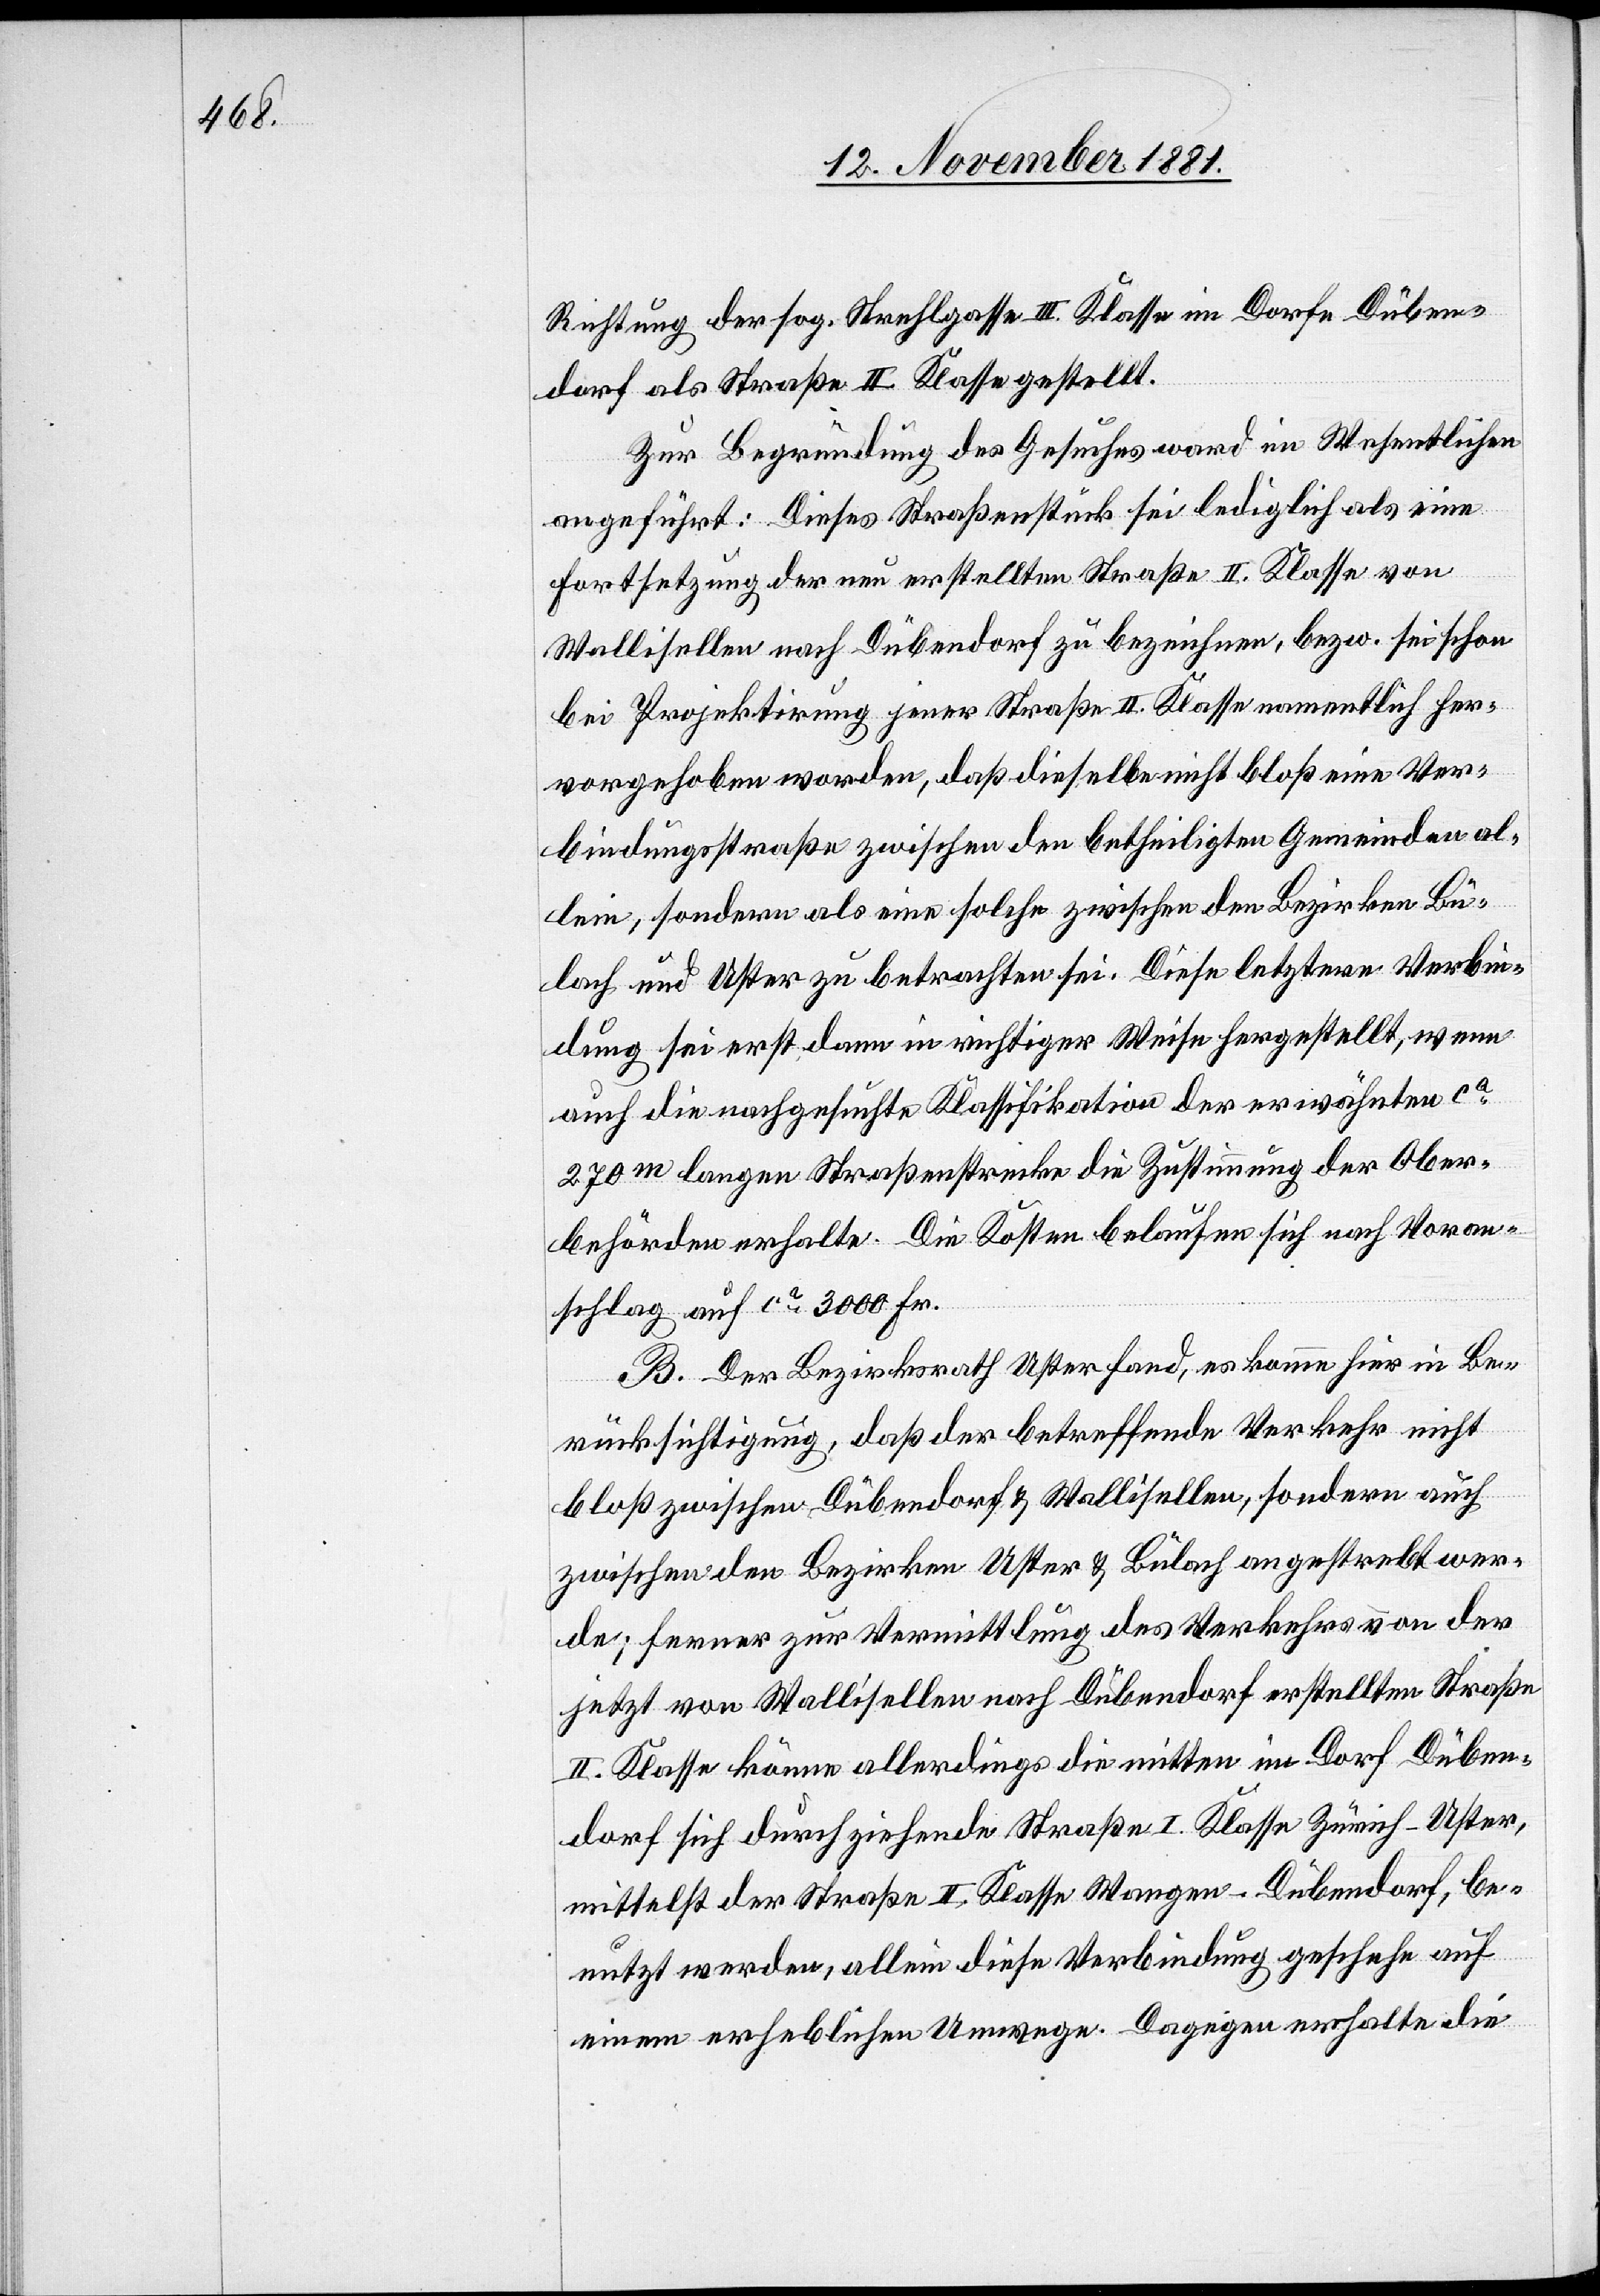
Richtung der sog. Strehlgasse III. Klasse im Dorfe Düben¬
dorf als Straße II. Klasse gestellt.
Zur Begründung des Gesuches ward im Wesentlichen
angeführt: Dieses Straßenstück sei lediglich als eine
Fortsetzung der neu erstellten Straße II. Klasse von
Wallisellen nach Dübendorf zu bezeichnen, bezw. sei schon
bei Projektirung jener Straße II. Klasse namentlich her¬
vorgehoben worden, daß dieselbe nicht bloß eine Ver¬
bindungsstraße zwischen den betheiligten Gemeinden al¬
lein, sondern als eine solche zwischen den Bezirken Bü¬
lach und Uster zu betrachten sei. Diese letztere Verbin¬
dung sei erst dann in richtiger Weise hergestellt, wenn
auch die nachgesuchte Klassifikation der erwähnten ca
270m langen Straßenstrecke die Zustimmung der Ober¬
behörden erhalte. Die Kosten belaufen sich nach Voran¬
schlag auf ca 3000 Fr.
B. Der Bezirksrath Uster fand, es komme hier in Be¬
rücksichtigung, daß der betreffende Verkehr nicht
bloß zwischen Dübendorf & Wallisellen, sondern auch
zwischen den Bezirken Uster & Bülach angestrebt wer¬
de; ferner zur Vermittlung des Verkehrs von der
jetzt von Wallisellen nach Dübendorf erstellten Straße
II. Klasse können allerdings die mitten im Dorf Düben¬
dorf sich durchziehende Straße I. Klasse Zürich–Uster,
mittelst der Straße II. Klasse Wangen–Dübendorf, be¬
nutzt werden, allein diese Verbindung geschehe auf
einem erheblichen Umwege. Dagegen erhalte die